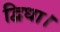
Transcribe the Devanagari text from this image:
द्विधा।